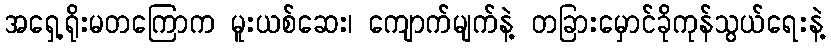
အရှေ့ရိုးမတကြောက မူးယစ်ဆေး၊ ကျောက်မျက်နဲ့ တခြားမှောင်ခိုကုန်သွယ်ရေးနဲ့